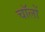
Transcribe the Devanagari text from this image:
चॉलों